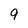
Character: 9